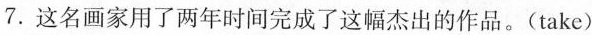
7.这名画家用了两年时间完成了这幅杰出的作品。(take)